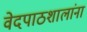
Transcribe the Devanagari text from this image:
वेदपाठशालांना